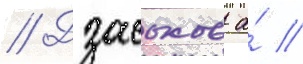
// Дзасохов а́ //